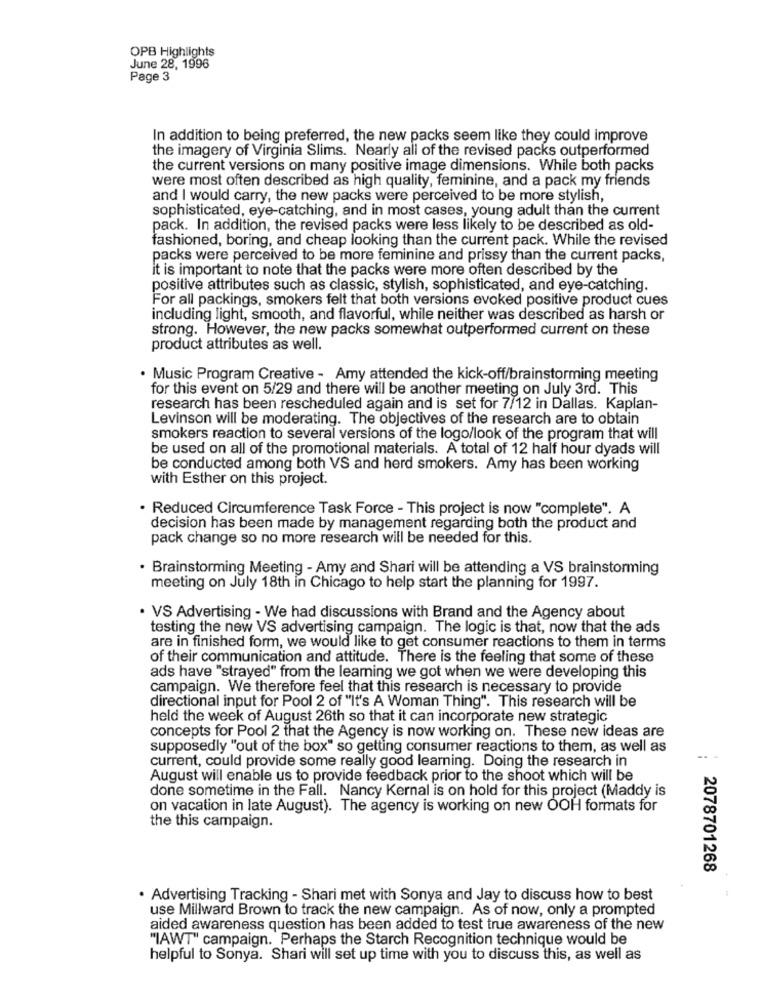
OPB Highlights
June 28, 1996
Page 3
In addition to being preferred, the new packs seem like they could improve
the imagery of Virginia Slims. Nearly all of the revised packs outperformed
the current versions on many positive image dimensions. While both packs
were most often described as high quality, feminine, and a pack my friends
and I would carry, the new packs were perceived to be more stylish,
sophisticated, eye-catching, and in most cases, young adult than the current
pack. In addition, the revised packs were less likely to be described as old-
fashioned, boring, and cheap looking than the current pack. While the revised
packs were perceived to be more feminine and prissy than the current packs,
it is important to note that the packs were more often described by the
positive attributes such as classic, stylish, sophisticated, and eye-catching.
For all packings, smokers felt that both versions evoked positive product cues
including light, smooth, and flavorful, while neither was described as harsh or
strong. However, the new packs somewhat outperformed current on these
product attributes as well.
· Music Program Creative - Amy attended the kick-off/brainstorming meeting
for this event on 5/29 and there will be another meeting on July 3rd. This
research has been rescheduled again and is set for 7/12 in Dallas. Kaplan-
Levinson will be moderating. The objectives of the research are to obtain
smokers reaction to several versions of the logo/look of the program that will
be used on all of the promotional materials. A total of 12 half hour dyads will
be conducted among both VS and herd smokers. Amy has been working
with Esther on this project.
· Reduced Circumference Task Force - This project is now "complete". A
decision has been made by management regarding both the product and
pack change so no more research will be needed for this.
· Brainstorming Meeting - Amy and Shari will be attending a VS brainstorming
meeting on July 18th in Chicago to help start the planning for 1997.
· VS Advertising - We had discussions with Brand and the Agency about
testing the new VS advertising campaign. The logic is that, now that the ads
are in finished form, we would like to get consumer reactions to them in terms
of their communication and attitude. There is the feeling that some of these
ads have "strayed" from the learning we got when we were developing this
campaign. We therefore feel that this research is necessary to provide
directional input for Pool 2 of "It's A Woman Thing". This research will be
held the week of August 26th so that it can incorporate new strategic
concepts for Pool 2 that the Agency is now working on. These new ideas are
supposedly "out of the box" so getting consumer reactions to them, as well as
current, could provide some really good learning. Doing the research in
August will enable us to provide feedback prior to the shoot which will be
done sometime in the Fall. Nancy Kernal is on hold for this project (Maddy is
on vacation in late August). The agency is working on new OOH formats for
the this campaign.
2078701268
. Advertising Tracking - Shari met with Sonya and Jay to discuss how to best
use Millward Brown to track the new campaign. As of now, only a prompted
aided awareness question has been added to test true awareness of the new
"IAWT" campaign. Perhaps the Starch Recognition technique would be
helpful to Sonya. Shari will set up time with you to discuss this, as well as